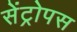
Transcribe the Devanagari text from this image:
सेंट्रोपस